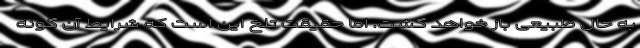
به حال طبیعی باز خواهد گشت. اما حقیقت تلخ این است که شرایط آن گونه